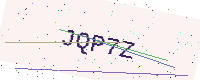
Text: JQP7Z